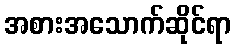
အစားအသောက်ဆိုင်ရာ